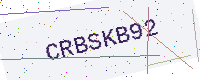
Text: CRBSKB92